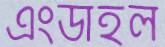
এংডাহল